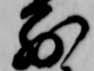
別